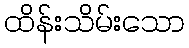
ထိန်းသိမ်းသော